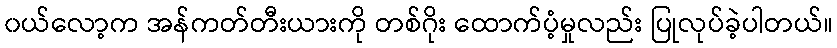
၀ယ်လော့က အန်ကတ်တီးယားကို တစ်ဂိုး ထောက်ပံ့မှုလည်း ပြုလုပ်ခဲ့ပါတယ်။